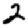
Digit: 2